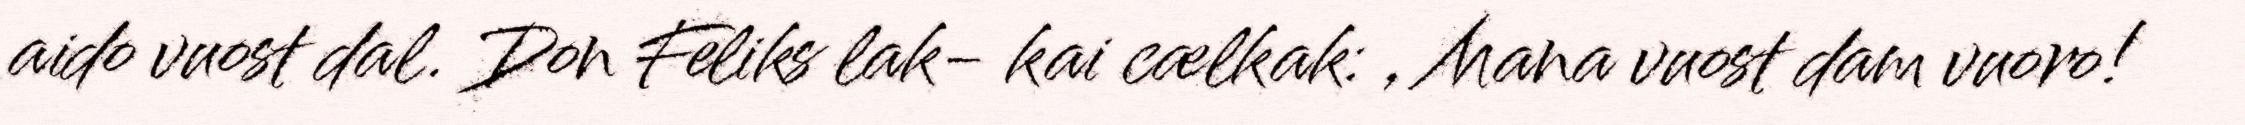
aido vuost dal. Don Feliks lak- kai cælkak: , Mana vuost dam vuoro!